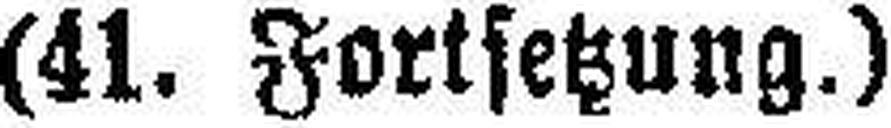
(41. Fortsetzung.)